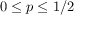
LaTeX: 0 \leq p \leq 1 / 2